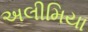
અલીમિયા